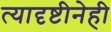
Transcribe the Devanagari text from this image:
त्यादृष्टीनेही